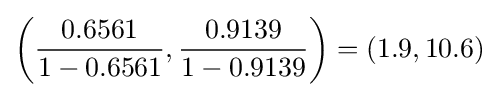
\left({\frac {0.6561}{1-0.6561}},{\frac {0.9139}{1-0.9139}}\right)=(1.9,10.6)